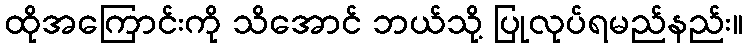
ထိုအကြောင်းကို သိအောင် ဘယ်သို့ ပြုလုပ်ရမည်နည်း။